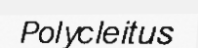
Polycleitus